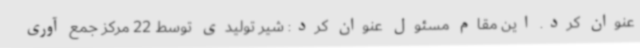
عنوان کرد. این مقام مسئول عنوان کرد: شیر تولیدی توسط 22 مرکز جمع آوری